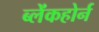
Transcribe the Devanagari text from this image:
ब्लेंकहोर्न